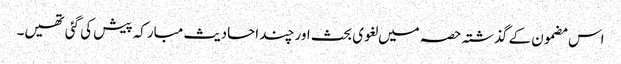
اس مضمون کے گذشتہ حصہ میں لغوی بحث اور چند احادیث مبارکہ پیش کی گئی تھیں۔